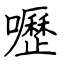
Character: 嚦